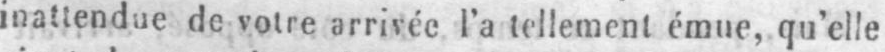
inattendue de votre arrivée l’a tellement émue, qu’elle